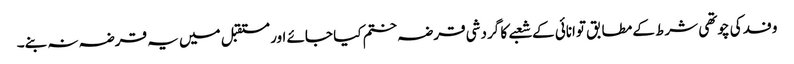
وفد کی چوتھی شرط کے مطابق توانائی کے شعبے کا گردشی قرضہ ختم کیا جائے اور مستقبل میں یہ قرضہ نہ بنے۔